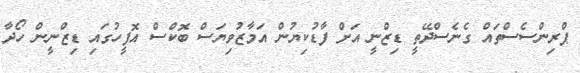
ޕްރިންސެސްތައް ގެނެސްދޭތީ ޑިޒްނީ އަށް ފާޑުކިޔުން އަމާޒުވިޔަސް ބޮކްސް އޮފީހުގައި ޑިޒްނީން ހޯދާ